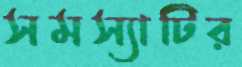
সমস্যাটির